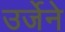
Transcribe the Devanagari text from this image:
उर्जेने